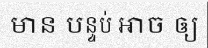
មាន បន្ទប់ អាច ឲ្យ